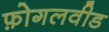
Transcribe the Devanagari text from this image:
फ़ोगलवीड